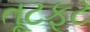
તૂટફૂટ